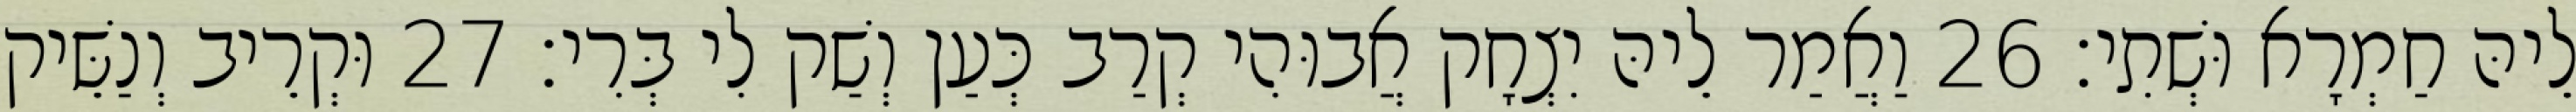
לֵיהּ חַמְרָא וּשְׁתִי׃ 26 וַאֲמַר לֵיהּ יִצְחָק אֲבוּהִי קְרַב כְּעַן וְשַׁק לִי בְּרִי׃ 27 וּקְרֵיב וְנַשֵּׁיק